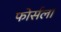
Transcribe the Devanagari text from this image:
फोर्सला